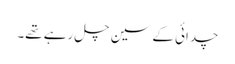
چدائی کے سین چل رہے تھے۔